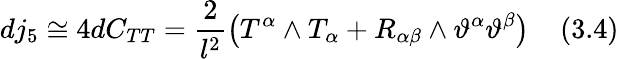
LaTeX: dj_{5}\cong 4dC_{TT}=\frac{2}{l^{2}}\left(T^{\alpha}\wedge T_{\alpha}+R_{\alpha\beta}\wedge\vartheta^{\alpha}\vartheta^{\beta}\right)\; \; \; \; (3.4)